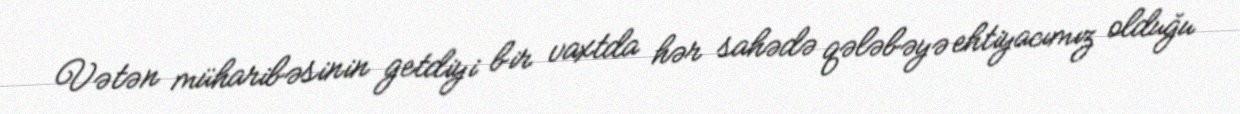
Vətən müharibəsinin getdiyi bir vaxtda hər sahədə qələbəyə ehtiyacımız olduğu